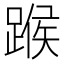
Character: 𨂸